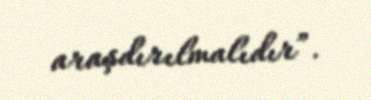
araşdırılmalıdır”.